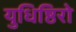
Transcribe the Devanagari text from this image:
युधिष्ठिरो